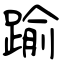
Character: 踰